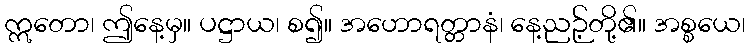
ဣတော၊ ဤနေ့မှ။ ပဋ္ဌာယ၊ စ၍။ အဟောရတ္တာနံ၊ နေ့ညဉ့်တို့၏။ အစ္စယေ၊